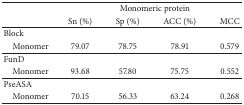
| <ROWSPAN=2>  | <COLSPAN=4> Monomeric protein |
 | Sn (%) | Sp (%) | ACC (%) | MCC |
 | --- | --- | --- | --- | --- |
 | Block |  |  |  |  |
 | Monomer | 79.07 | 78.75 | 78.91 | 0.579 |
 | FunD |  |  |  |  |
 | Monomer | 93.68 | 57.80 | 75.75 | 0.552 |
 | PseASA |  |  |  |  |
 | Monomer | 70.15 | 56.33 | 63.24 | 0.268 |